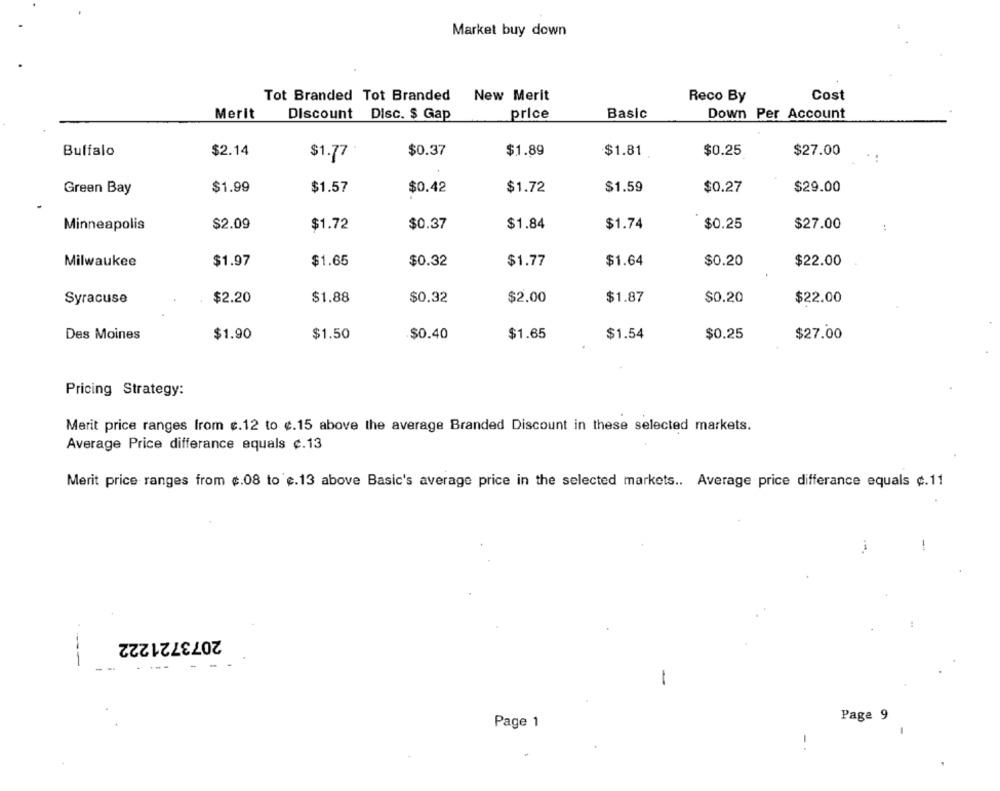
Market buy down
Tot Branded Tot Branded
New Merit
Reco By
Cost
Merit
Discount Disc. $ Gap
price
Basic
Down Per Account
$2.14
$1.81
Buffalo
$1.77
$0.37
$1.89
$0.25
$27.00
Green Bay
$1.99
$1.57
$0.42
$1.72
$1.59
$0.27
$29.00
Minneapolis
$2.09
$1.72
$0.37
$1.84
$1.74
$0.25
$27.00
..
$1.65
$0.32
$1.77
$1.64
$0.20
Milwaukee
$1.97
$22.00
Syracuse
$2.20
$1.88
$0.32
$2.00
$1.87
$0.20
$22.00
Des Moines
$1.90
$1.50
$0.40
$1.65
$1.54
$0.25
$27.00
Pricing Strategy:
Merit price ranges from e.12 to ¢.15 above the average Branded Discount in these selected markets.
Average Price differance equals ¢.13
Merit price ranges from ¢.08 to e.13 above Basic's average price in the selected markets .. Average price differance equals ¢.11
1
2073721222
-
Page 9
Page 1
-
-